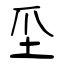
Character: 坕